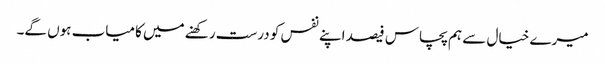
میرے خیال سے ہم پچاس فیصد اپنے نفس کو درست رکھنے میں کامیاب ہوں گے۔